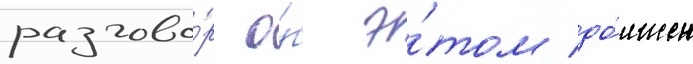
разгово́р о́б э́том до́лжен